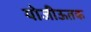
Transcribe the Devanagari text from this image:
योजीऊतक